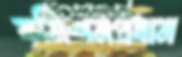
কমিশনপ্রধান